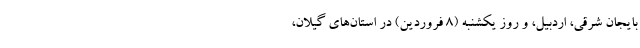
بایجان شرقی، اردبیل، و روز یکشنبه (۸ فروردین) در استان‌های گیلان،